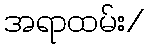
အရာထမ်း/